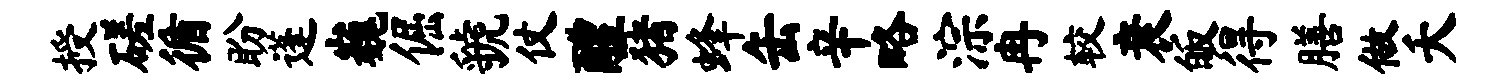
授磋循盼蓬巍倔虢仗醴猪蜂缶辛略淙冉较衰皈得膳做夭